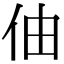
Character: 伷